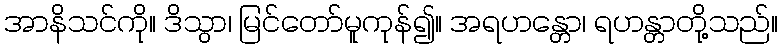
အာနိသင်ကို။ ဒိသွာ၊ မြင်တော်မူကုန်၍။ အရဟန္တော၊ ရဟန္တာတို့သည်။